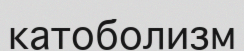
катоболизм